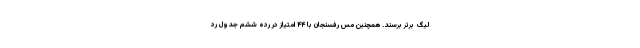
لیگ برتر برسند. همچنین مس رفسنجان با ۴۴ امتیاز در رده ششم جدول رد